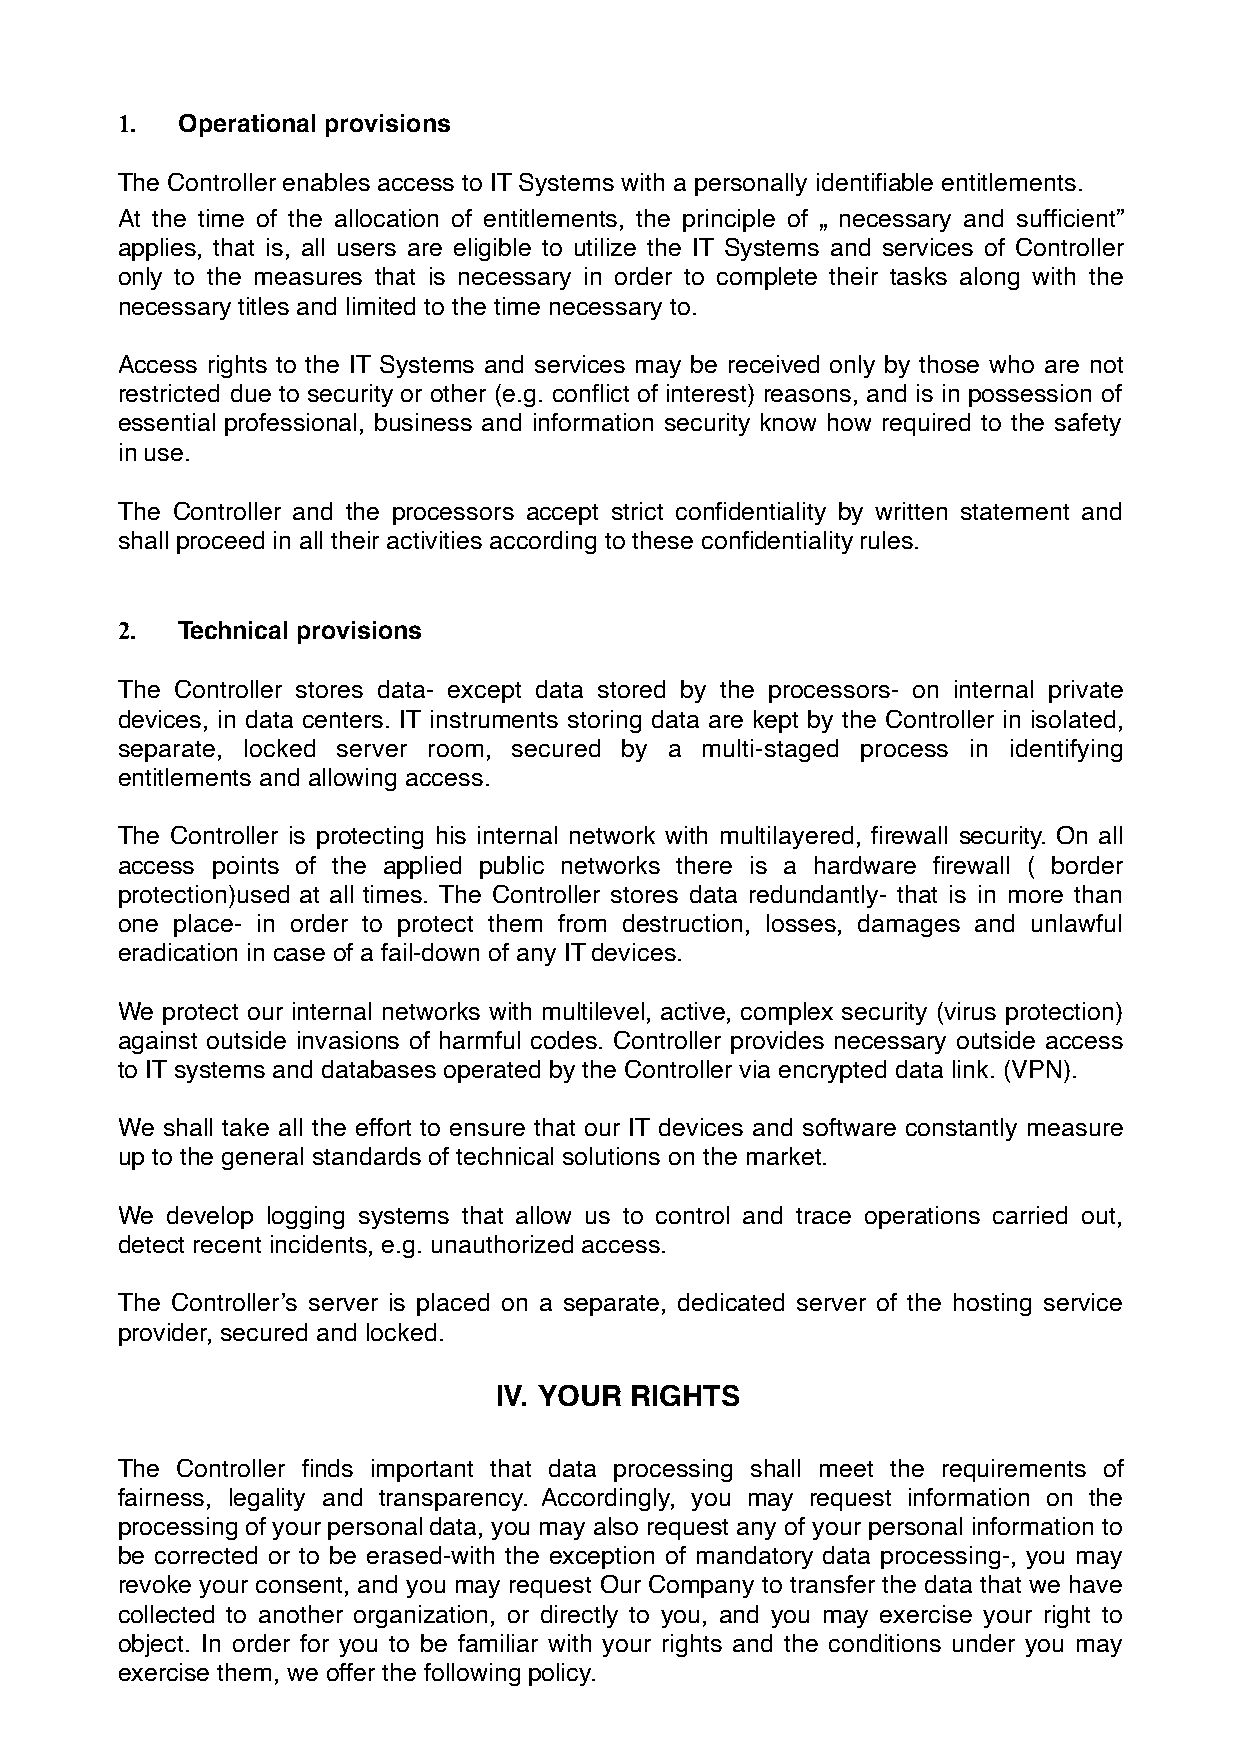
1.  Operational provisions
 The Controller enables access to IT Systems with a personally identifiable entitlements.
 At the time of the allocation of entitlements, the principle of „ necessary and sufficient”
 applies, that is, all users are eligible to utilize the IT Systems and services of Controller
 only to the measures that is necessary in order to complete their tasks along with the
 necessary titles and limited to the time necessary to.
 Access rights to the IT Systems and services may be received only by those who are not
 restricted due to security or other (e.g. conflict of interest) reasons, and is in possession of
 essential professional, business and information security know how required to the safety
 in use.
 The Controller and the processors accept strict confidentiality by written statement and
 shall proceed in all their activities according to these confidentiality rules.
 2.  Technical provisions
 The Controller stores data- except data stored by the processors- on internal private
 devices, in data centers. IT instruments storing data are kept by the Controller in isolated,
 separate, locked server room, secured by a multi-staged process in identifying
 entitlements and allowing access.
 The Controller is protecting his internal network with multilayered, firewall security. On all
 access points of the applied public networks there is a hardware firewall ( border
 protection)used at all times. The Controller stores data redundantly- that is in more than
 one place- in order to protect them from destruction, losses, damages and unlawful
 eradication in case of a fail-down of any IT devices.
 We protect our internal networks with multilevel, active, complex security (virus protection)
 against outside invasions of harmful codes. Controller provides necessary outside access
 to IT systems and databases operated by the Controller via encrypted data link. (VPN).
 We shall take all the effort to ensure that our IT devices and software constantly measure
 up to the general standards of technical solutions on the market.
 We develop logging systems that allow us to control and trace operations carried out,
 detect recent incidents, e.g. unauthorized access.
 The Controller’s server is placed on a separate, dedicated server of the hosting service
 provider, secured and locked.
 IV. YOUR RIGHTS
 The Controller finds important that data processing shall meet the requirements of
 fairness, legality and transparency. Accordingly, you may request information on the
 processing of your personal data, you may also request any of your personal information to
 be corrected or to be erased-with the exception of mandatory data processing-, you may
 revoke your consent, and you may request Our Company to transfer the data that we have
 collected to another organization, or directly to you, and you may exercise your right to
 object. In order for you to be familiar with your rights and the conditions under you may
 exercise them, we offer the following policy.